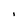
Character: 1